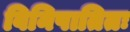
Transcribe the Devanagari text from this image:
विनिपातितः